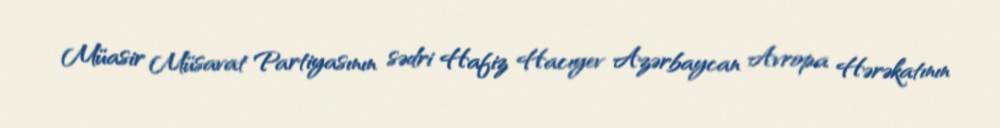
Müasir Müsavat Partiyasının sədri Hafiz Hacıyev Azərbaycan Avropa Hərəkatının